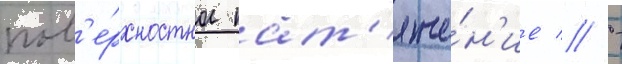
пов'е́рхностное нат'яже́н'ие // -